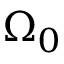
\Omega _ { 0 }